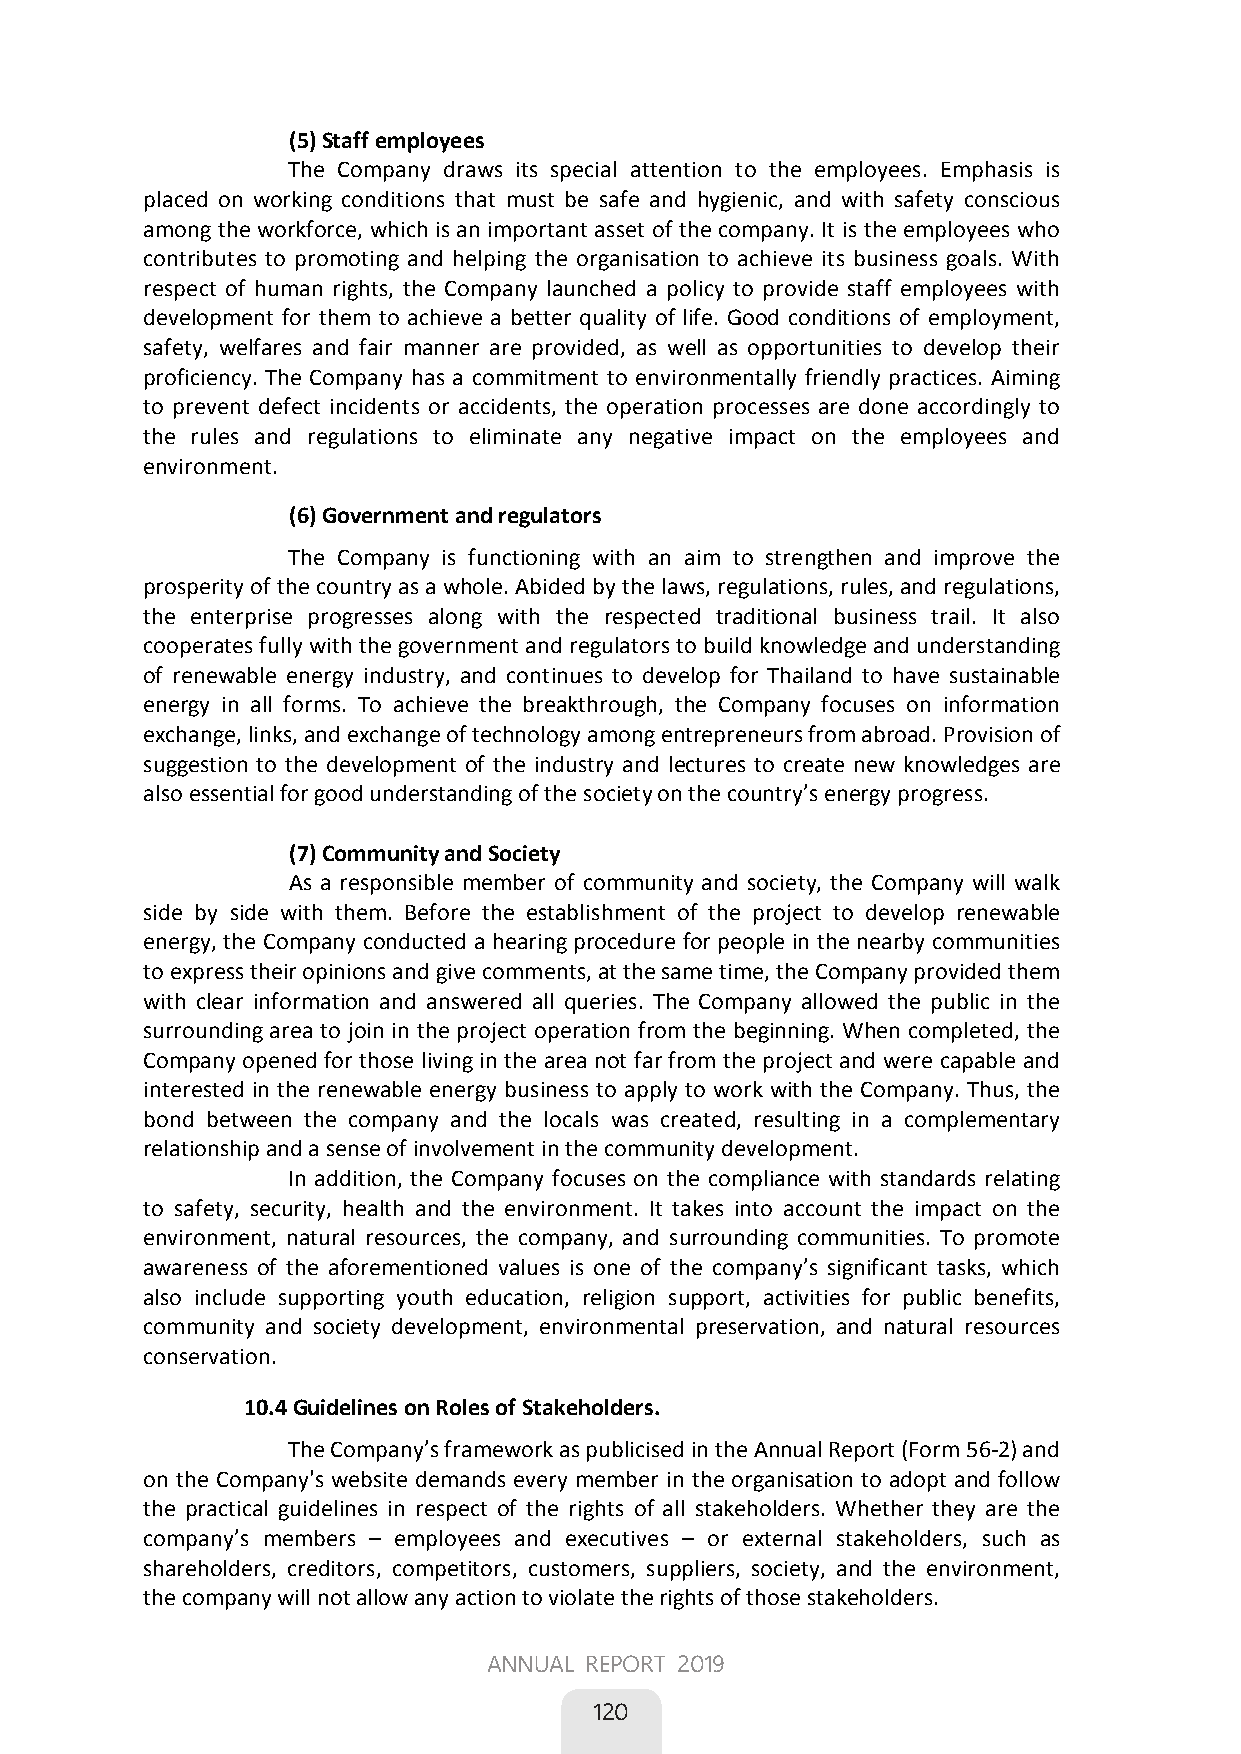
(5) Staff employees
 The Company draws its special attention to the employees. Emphasis is
 placed on working conditions that must be safe and hygienic, and with safety conscious
 among the workforce, which is an important asset of the company. It is the employees who
 contributes to promoting and helping the organisation to achieve its business goals. With
 respect of human rights, the Company launched a policy to provide staff employees with
 development for them to achieve a better quality of life. Good conditions of employment,
 safety, welfares and fair manner are provided, as well as opportunities to develop their
 proficiency. The Company has a commitment to environmentally friendly practices. Aiming
 to prevent defect incidents or accidents, the operation processes are done accordingly to
 the rules and regulations to eliminate any negative impact on the employees and
 environment.
 (6) Government and regulators
 The Company is functioning with an aim to strengthen and improve the
 prosperity of the country as a whole. Abided by the laws, regulations, rules, and regulations,
 the enterprise progresses along with the respected traditional business trail. It also
 cooperates fully with the government and regulators to build knowledge and understanding
 of renewable energy industry, and continues to develop for Thailand to have sustainable
 energy in all forms. To achieve the breakthrough, the Company focuses on information
 exchange, links, and exchange of technology among entrepreneurs from abroad. Provision of
 suggestion to the development of the industry and lectures to create new knowledges are
 also essential for good understanding of the society on the country’s energy progress.
 (7) Community and Society
 As a responsible member of community and society, the Company will walk
 side by side with them. Before the establishment of the project to develop renewable
 energy, the Company conducted a hearing procedure for people in the nearby communities
 to express their opinions and give comments, at the same time, the Company provided them
 with clear information and answered all queries. The Company allowed the public in the
 surrounding area to join in the project operation from the beginning. When completed, the
 Company opened for those living in the area not far from the project and were capable and
 interested in the renewable energy business to apply to work with the Company. Thus, the
 bond between the company and the locals was created, resulting in a complementary
 relationship and a sense of involvement in the community development.
 In addition, the Company focuses on the compliance with standards relating
 to safety, security, health and the environment. It takes into account the impact on the
 environment, natural resources, the company, and surrounding communities. To promote
 awareness of the aforementioned values is one of the company’s significant tasks, which
 also include supporting youth education, religion support, activities for public benefits,
 community and society development, environmental preservation, and natural resources
 conservation.
 10.4 Guidelines on Roles of Stakeholders.
 The Company’s framework as publicised in the Annual Report (Form 56-2) and
 on the Company's website demands every member in the organisation to adopt and follow
 the practical guidelines in respect of the rights of all stakeholders. Whether they are the
 company’s members – employees and executives – or external stakeholders, such as
 shareholders, creditors, competitors, customers, suppliers, society, and the environment,
 the company will not allow any action to violate the rights of those stakeholders.
 82
 ANNUAL REPORT 2019
 
 120